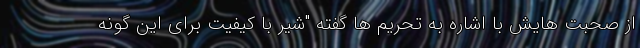
از صحبت هایش با اشاره به تحریم ها گفته "شیر با کیفیت برای این گونه